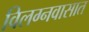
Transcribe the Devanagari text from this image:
विलग्नवासात